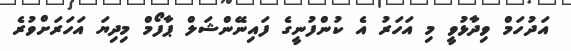
އަދުހަމް ވިދާޅުވީ މި އަހަރު އެ ކުންފުނީގެ ފައިނޭންޝަލް ޕާފޯމް މިދިޔަ އަހަރަށްވުރެ